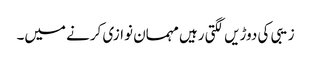
زیبی کی دوڑیں لگتی رہیں مہمان نوازی کرنے میں۔